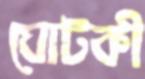
ঘোটকী